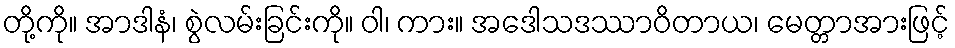
တို့ကို။ အာဒါနံ၊ စွဲလမ်းခြင်းကို။ ဝါ၊ ကား။ အဒေါသဒဿာဝိတာယ၊ မေတ္တာအားဖြင့်